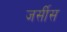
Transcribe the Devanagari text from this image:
जर्सीस